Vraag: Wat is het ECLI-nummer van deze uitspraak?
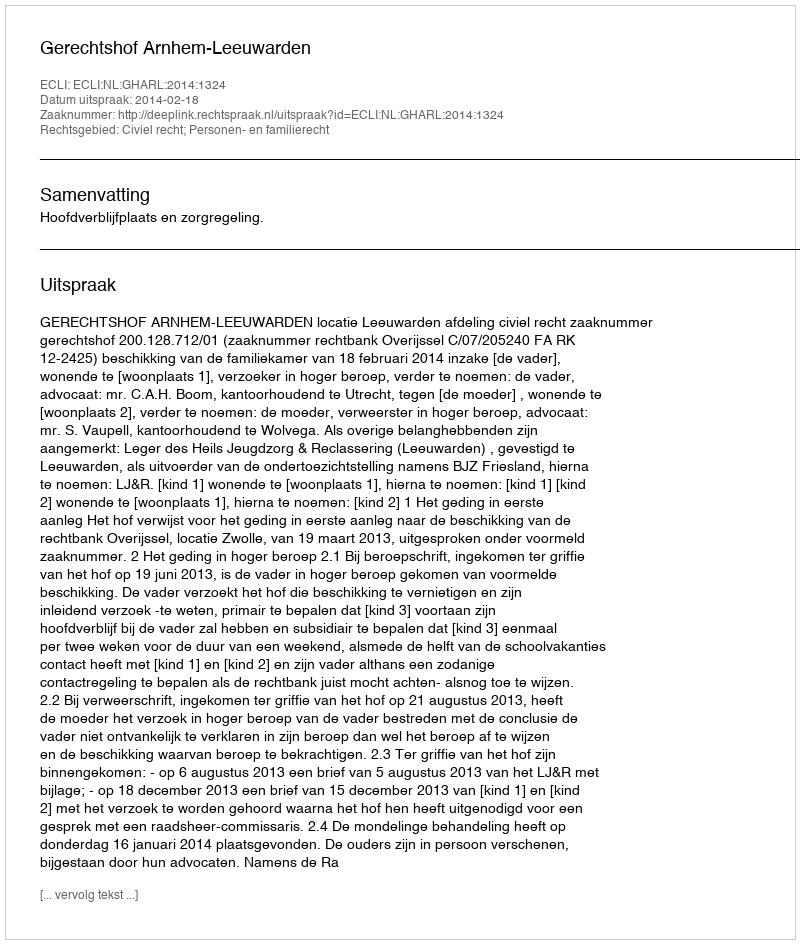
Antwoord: ECLI:NL:GHARL:2014:1324